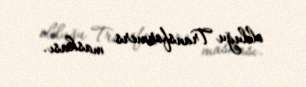
olduğu Transformers maskası.